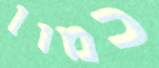
כמון